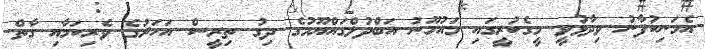
އެމަނިކުފާނު ވިދާޅުވީ މީގެކުރީގައި މައުމޫނު އަބްދުލްގައްޔޫމުގެ ދިގު ތިރީސް އަހަރުގެ ވެރިކަމާއި ގާތް